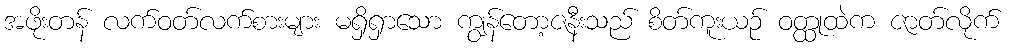
အဖိုးတန် လက်ဝတ်လက်စားများ မရှိရှာသော ကျွန်တော့ဇနီးသည် စိတ်ကူးယဉ် ဝတ္ထုထဲက ဇာတ်လိုက်